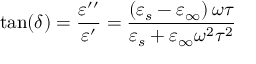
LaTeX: \tan ( \delta ) = { \frac { \varepsilon ^ { \prime \prime } } { \varepsilon ^ { \prime } } } = { \frac { \left( \varepsilon _ { s } - \varepsilon _ { \infty } \right) \omega \tau } { \varepsilon _ { s } + \varepsilon _ { \infty } \omega ^ { 2 } \tau ^ { 2 } } }